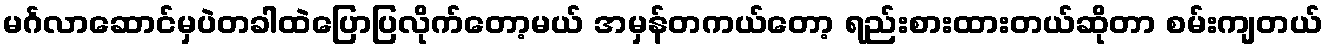
မင်္ဂလာဆောင်မှပဲတခါထဲပြောပြလိုက်တော့မယ် အမှန်တကယ်တော့ ရည်းစားထားတယ်ဆိုတာ စမ်းကျတယ်